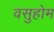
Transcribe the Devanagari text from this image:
वसुहोम